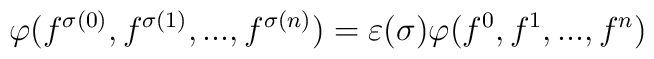
\varphi (f^{\sigma (0)} , f^{\sigma (1)} ,..., f^{\sigma (n)}) = \varepsilon(\sigma) \varphi (f^0 , f^1 ,..., f^n)